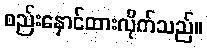
စည်းနှောင်ထားလိုက်သည်။